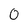
Character: 0